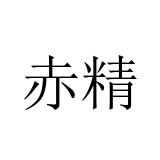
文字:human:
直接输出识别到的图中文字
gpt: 赤精